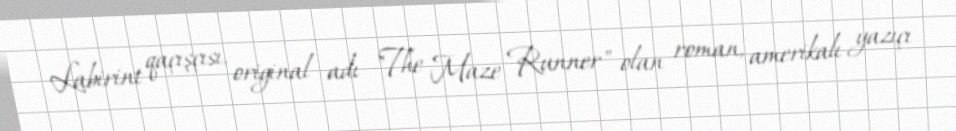
Labirint qaçışçısı, original adı "The Maze Runner" olan roman, amerikalı yazıçı